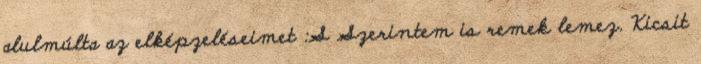
alulmúlta az elképzeléseimet :S Szerintem is remek lemez. Kicsit